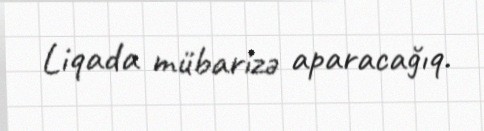
Liqada mübarizə aparacağıq.